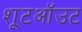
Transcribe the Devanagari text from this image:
शूटऑउट